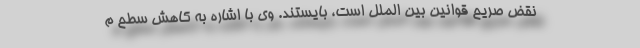
نقض صریح قوانین بین الملل است، بایستند. وی با اشاره به کاهش سطح م